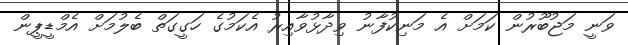
ވަނީ މަޖުބޫރުން ކަމަށް އެ މަނިކުފާނު ވިދާޅުވާއިރު އެކަމުގެ ހަގީގަތް ބެލުމަށް އެމްޑީޕީން